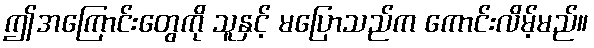
ဤအကြောင်းတွေကို သူနှင့် မပြောသည်က ကောင်းလိမ့်မည်။